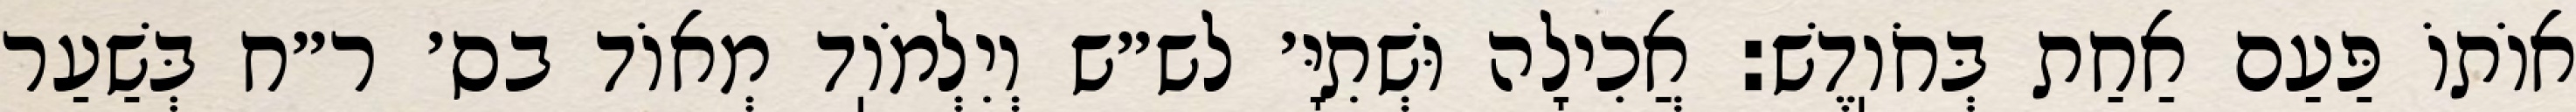
אוֹתוֹ פַּעַם אַחַת בְּחֹוֽדֶשׁ: אֲכִילָה וּשְׁתִיָּ׳ לש״ש וְיִלְמֹוֽד מְאוֹד בס׳ ר״ח בְּשַׁעַר